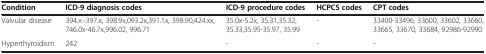
| Condition | ICD-9 diagnosis codes | ICD-9 procedure codes | HCPCS codes | CPT codes |
 | --- | --- | --- | --- | --- |
 | Valvular disease | 394.x–397.x, 398.9x,093.2x,391.1x, 398.90,424.xx, 746.0x-46.7x,996.02, 996.71 | 35.0x-5.2x, 35.31,35.32, 35.33,35.95-35.97, 35.99 | - | 33400-33496, 33600, 33602, 33660, 33665, 33670, 33684, 92986-92990 |
 | Hyperthyroidism | 242 | - | - | - |